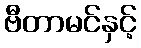
ဗီတာမင်နှင့်